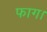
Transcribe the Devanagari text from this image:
फाग।